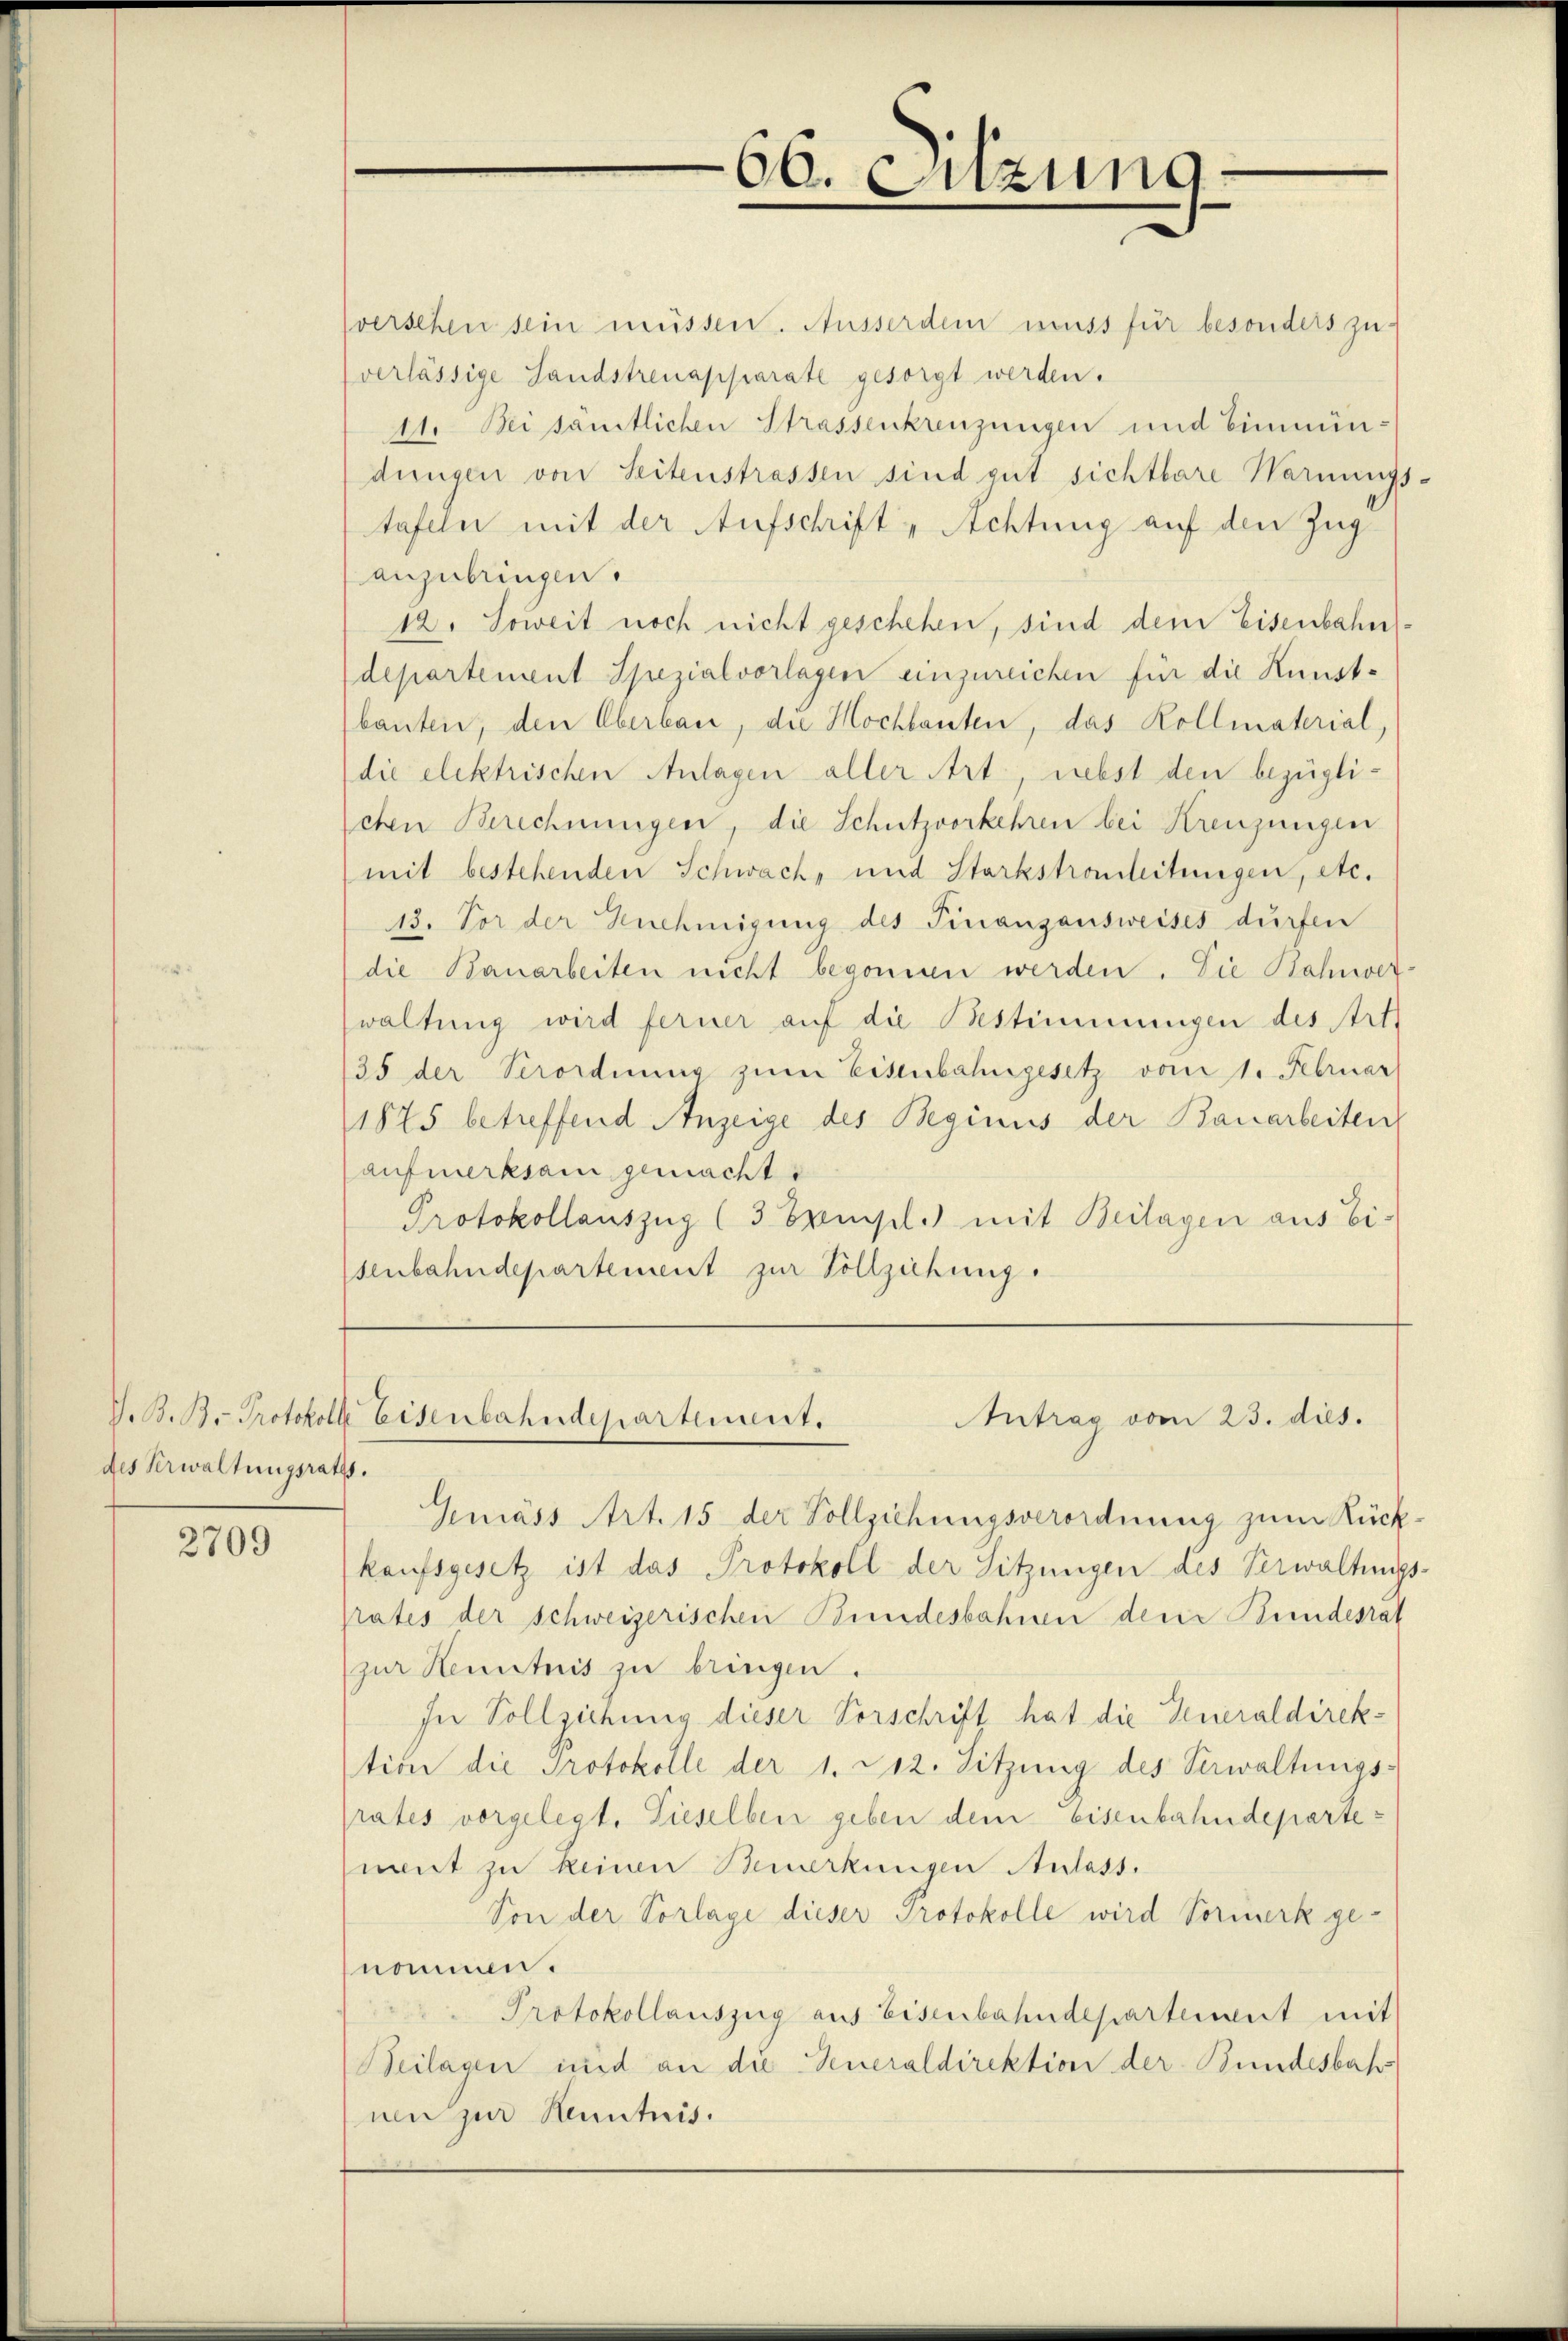
des Verwaltungsraths.

2709

sverschen sein müssen. Ausserdem muss für besonders zu-
verlässige Landstrenapparate gesorgt werden.
11. Bei sämmtlichen Strassenkreuzungen und Einmündungen von Seitenstrassen sind gut sichtbare Warnungs-
tafeln mit der Aufschrift „Achtung auf den Zug
anzubringen.
12. Soweit noch nicht geschehen, sind dem Eisenbahndepartement Spezialvorlagen einzureichen für die Kunst-
bauten, den Oberbau, die Hochlauten, das Kollmaterial,
(die elektrischen Anlagen aller Art, nebst den bezügli-
chen Berechnungen, die Schutzvorkehren bei Kreuzungen
mit bestehenden Schwach, und Starkstronleitungen, etc.
13. Vor der Genehmigung des Finanzausweises dürfen
die Bauarbeiten nicht begonnen werden. Die Bahnwerwaltung wird ferner auf die Bestimmungen des Art.
35 der Verordnung zŭm Eisenbahngesetz vom 1. Februar
1875 betreffend Anzeige des Beginus der Bauarbeiten
aufmerksam gemacht
Protokollauszug (3 Exempl. mit Beilagen aus Eisenbahndepartement zur Vollziehung.

66. Sitzung

V. B. B. Protokoll Eisenbahndepartement.
Antrag vom 23. dies.

Gemäss Art. 15 der Vollziehungsverordnung zum Rück-
kaufsgesetz ist das Protokoll der Sitzungen des Verwaltungs-
prates der schweizerischen Bundesbahnen den Bundesrat
(zur Kenntnis zu bringen.
In Vollziehung dieser Vorschrift hat die Generaldirektion die Protokolle der 1. 212. Sitzung des Verwaltungs
prates vorgelegt. Tieselben geben dem Eisenbahndepartemnt zu keinen Bemerkungen Anlass.
Von der Vorlage dieser Protokolle wird Vormerk genommen.
Protokollauszug aus Eisenbahndepartement mit
Beilagen und an die Generaldirektion der Bundesbah
nen zur Kenntnis.